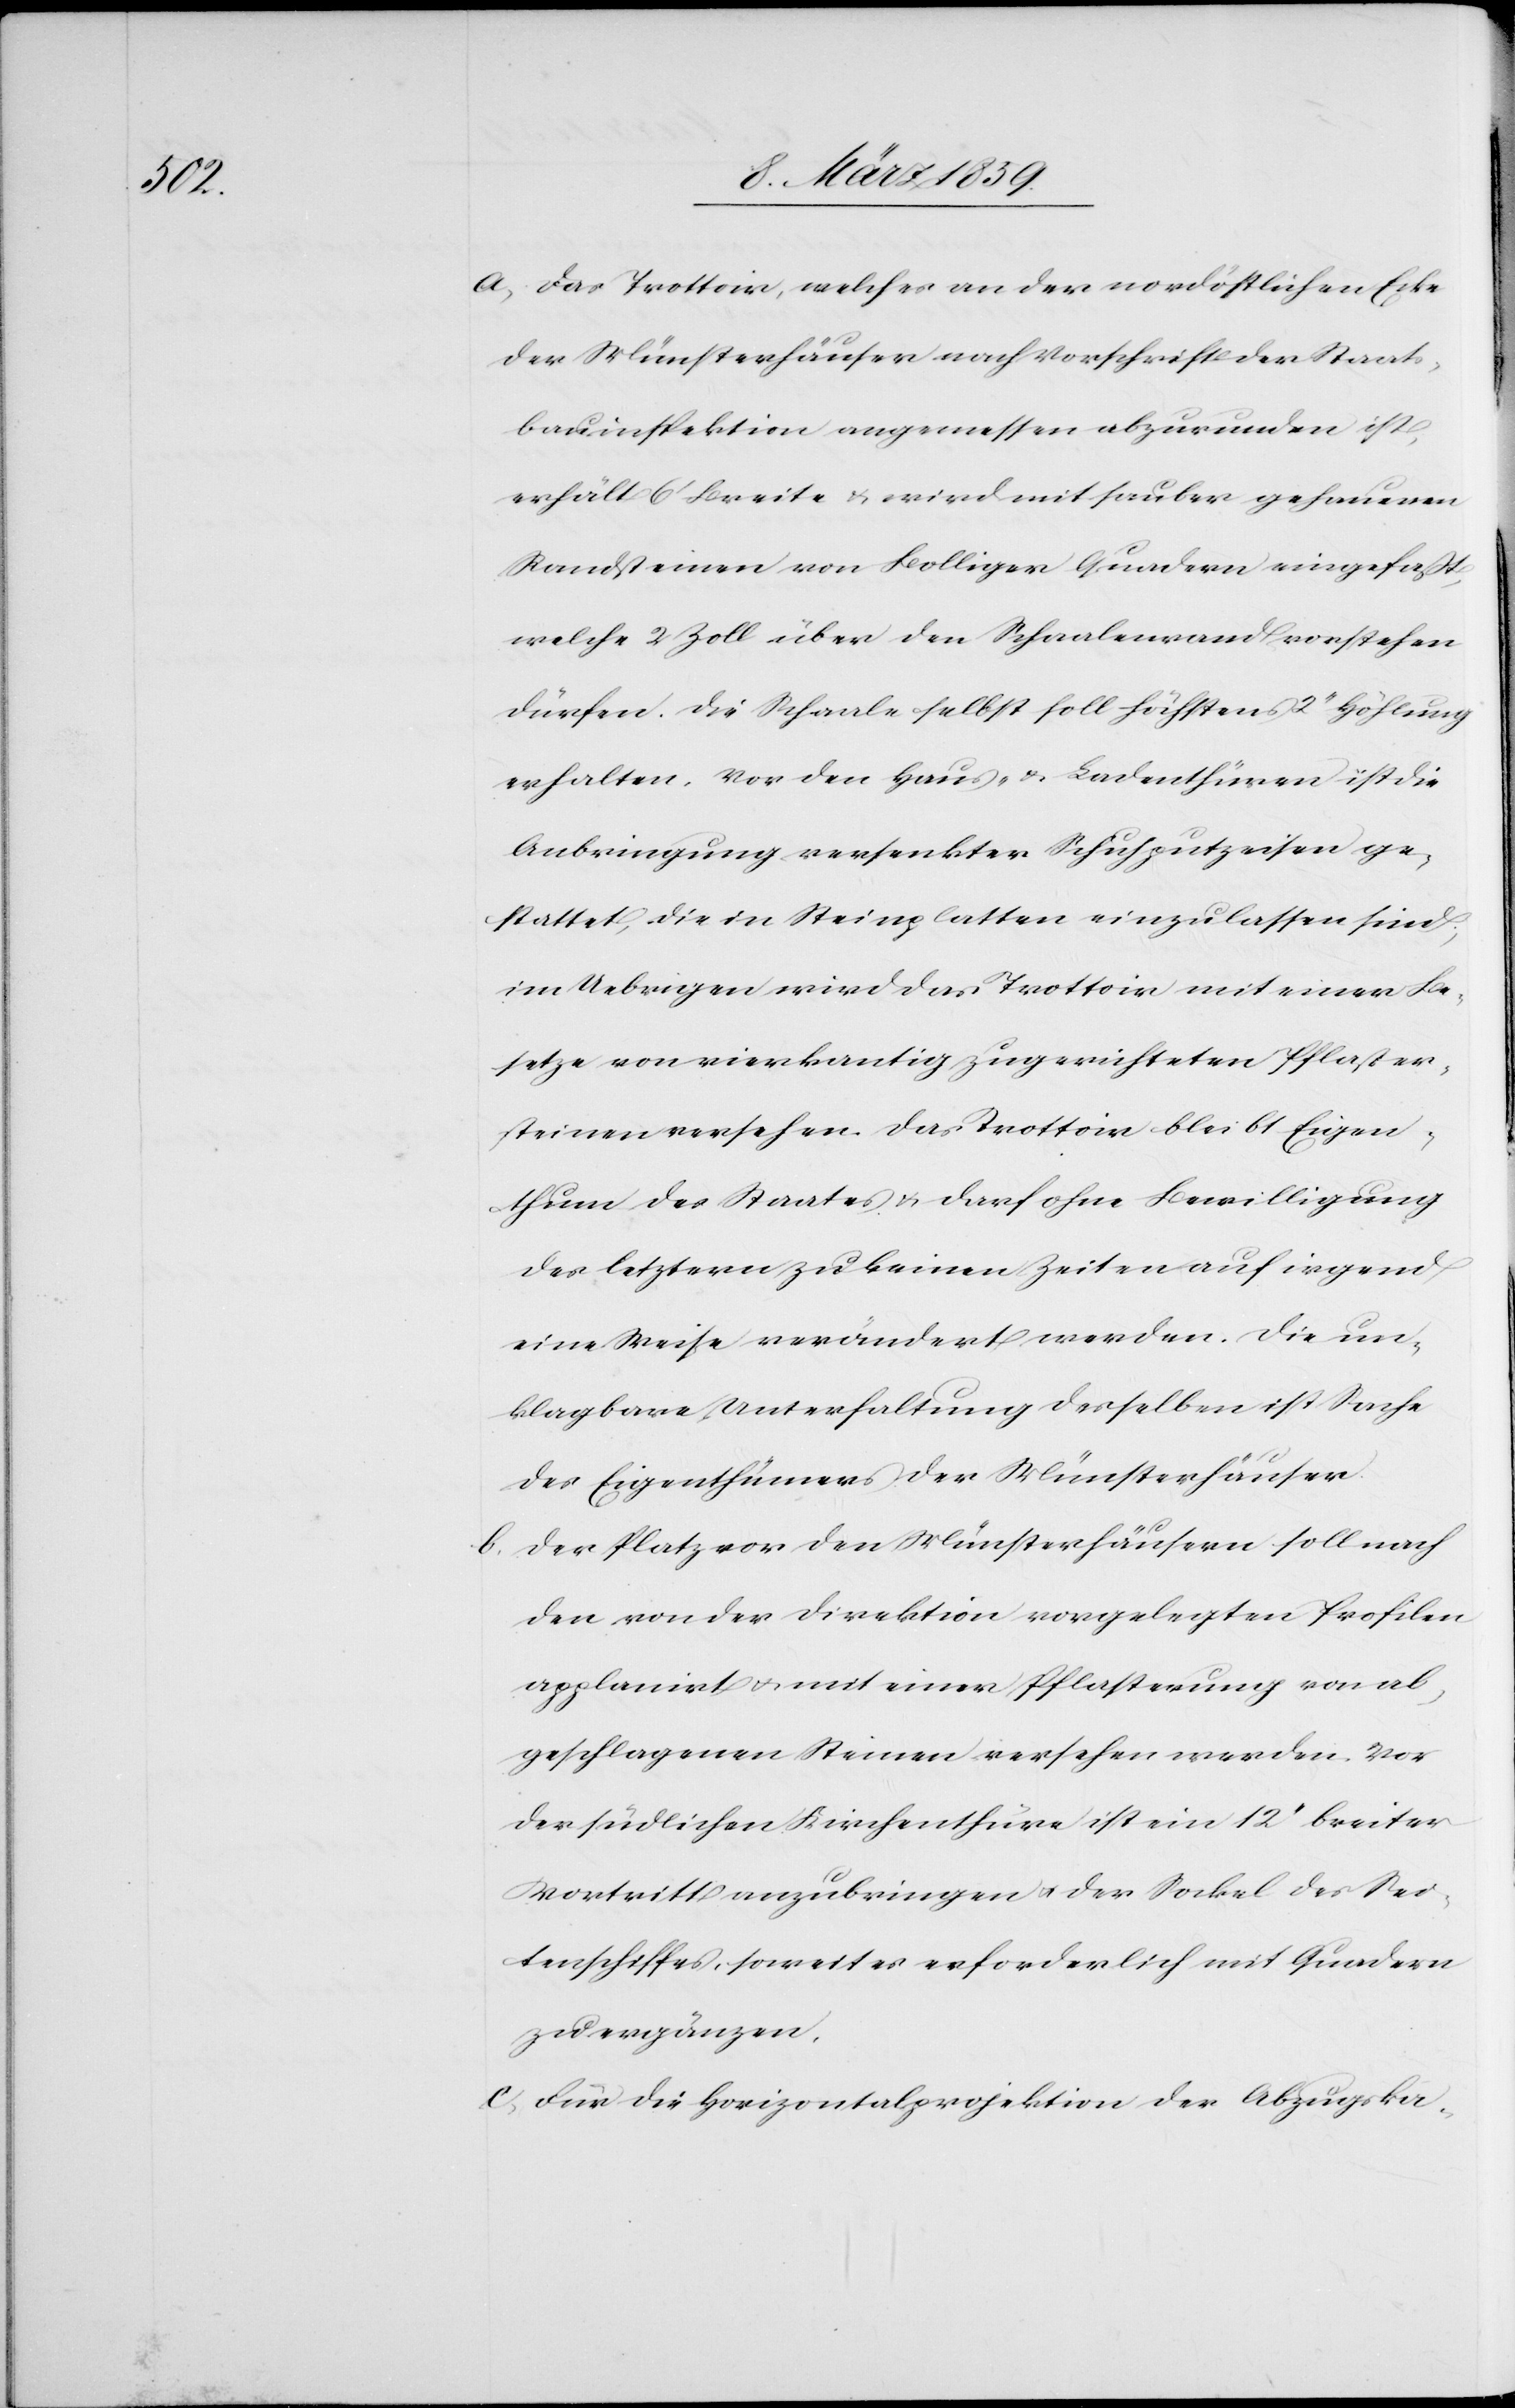
a) Das Trottoir, welches an der nordöstlichen Ecke
der Münsterhäuser nach Vorschrift der Staats¬
bauinspektion angemessen abzurunden ist,
erhält 6‘ Breite u. wird mit sauber gehauenen
Randsteinen von Bolliger Quadern eingefaßt,
welche 2 Zoll über den Schaalenrand vorstehen
dürfen. Die Schaale selbst soll höchstens 2“ Höhlung
erhalten. Vor den Haus- u. Ladenthüren ist die
Anbringung versenkter Schuhputzeisen ge¬
stattet, die in Steinplatten einzulassen sind;
im Uebrigen wird das Trottoir mit einer Be¬
setze von vierkantig zugerichteten Pflaster¬
steinen versehen. Das Trottoir bleibt Eigen¬
thum des Staates u. darf ohne Bewilligung
des letzteren zu keinen Zeiten auf irgend
eine Weise verändert werden. Die un¬
klagbare Unterhaltung desselben ist Sache
des Eigenthümers der Münsterhäuser.
Der Platz vor den Münsterhäusern soll nach
den von der Direktion vorgelegten Profilen
applanirt u. mit einer Pflasterung von ab¬
geschlagenen Steinen versehen werden. Vor
der südlichen Kirchenthür ist ein 12“ breiter
Vortritt anzubringen u. der Sockel des Sei¬
tenschiffes, soweit es erforderlich mit Quadern
zu ergänzen.
c) Für die Horizontalprojektion der Abzugska-